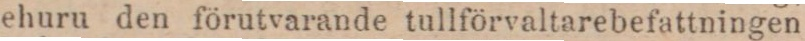
ehuru den förutvarande tullförvaltarebefattningen